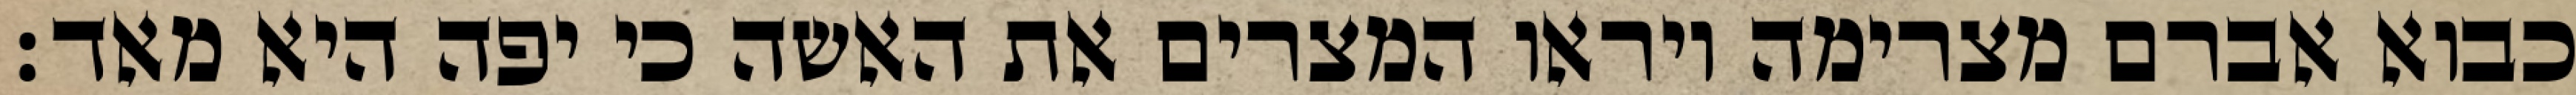
כבוא אברם מצרימה ויראו המצרים את האשה כי יפה היא מאד׃